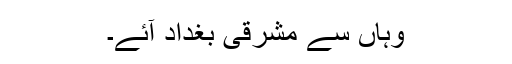
وہاں سے مشرقی بغداد آئے۔